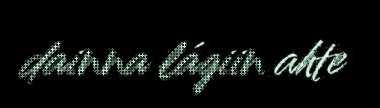
dainna lágiin ahte